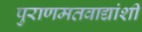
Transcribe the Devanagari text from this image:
पुराणमतवाद्यांशी